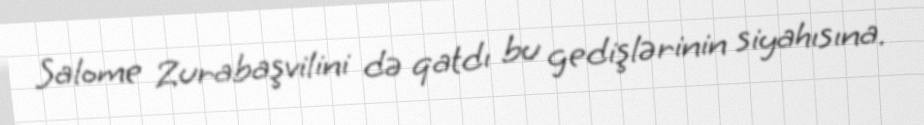
Salome Zurabaşvilini də qatdı bu gedişlərinin siyahısına.